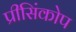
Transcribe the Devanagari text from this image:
प्रीसिंकोप